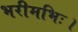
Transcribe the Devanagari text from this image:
भरीमभिः।